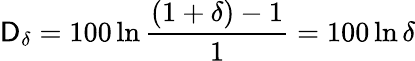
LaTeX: \mathsf{D}_{\delta}=100\ln{\frac{{(1+\delta)-1}}{{1}}}=100\ln\delta